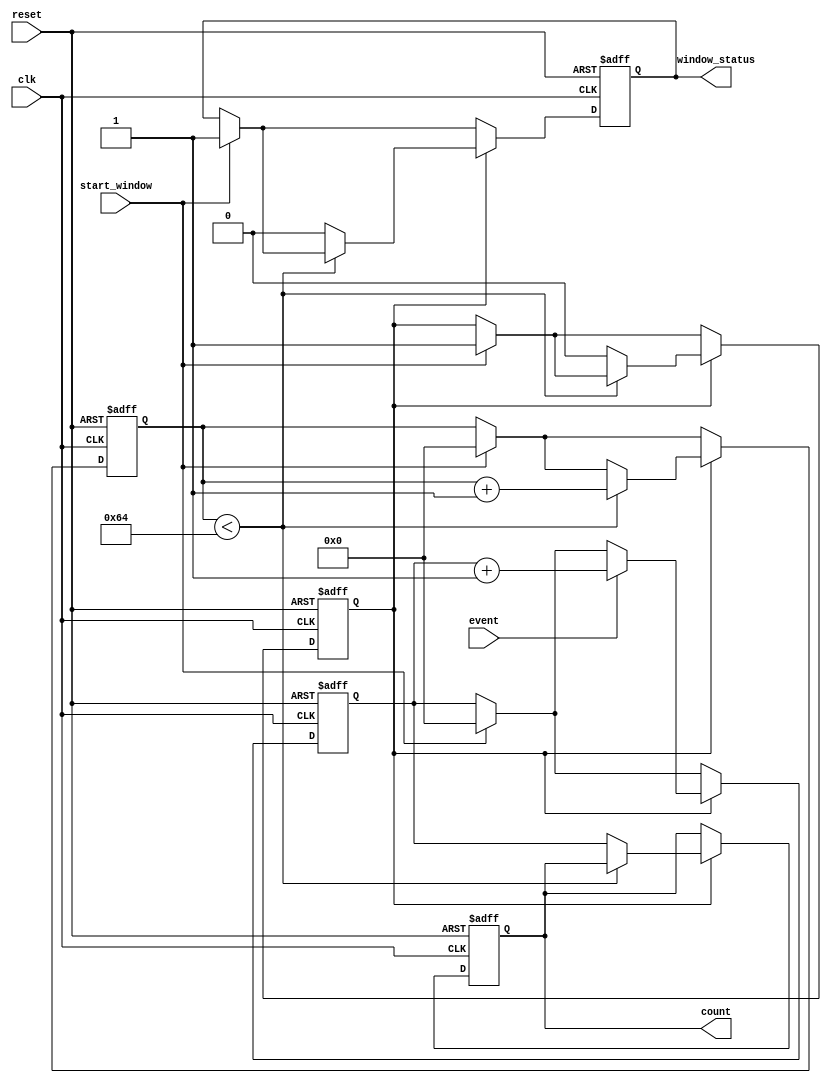
module windowed_counter #(
    parameter WIDTH = 8,           // Bit width of the counter
    parameter WINDOW_DURATION = 100 // Duration of the counting window in clock cycles
)(
    input wire clk,                // Clock signal
    input wire reset,              // Asynchronous reset signal
    input wire event,              // Event input signal
    input wire start_window,       // Signal to start the counting window
    output reg [WIDTH-1:0] count,  // Current count value
    output reg window_status        // Indicates if the counter is counting
);

    reg [WIDTH-1:0] counter;       // Internal counter
    reg [7:0] window_counter;       // Internal window counter
    reg counting;                   // Counting state flag

    // Asynchronous reset and counting logic
    always @(posedge clk or posedge reset) begin
        if (reset) begin
            counter <= 0;
            window_counter <= 0;
            count <= 0;
            window_status <= 0;
            counting <= 0;
        end else begin
            if (start_window) begin
                // Start counting
                counting <= 1;
                window_counter <= 0;
                counter <= 0;
                window_status <= 1;
            end
            
            if (counting) begin
                // Count events
                if (event) begin
                    counter <= counter + 1;
                end
                
                // Increment window counter
                if (window_counter < WINDOW_DURATION) begin
                    window_counter <= window_counter + 1;
                end else begin
                    // Window duration expired
                    counting <= 0;
                    count <= counter; // Store the count value
                    window_status <= 0; // Update window status
                end
            end
        end
    end

endmodule